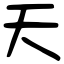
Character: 天